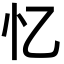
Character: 忆